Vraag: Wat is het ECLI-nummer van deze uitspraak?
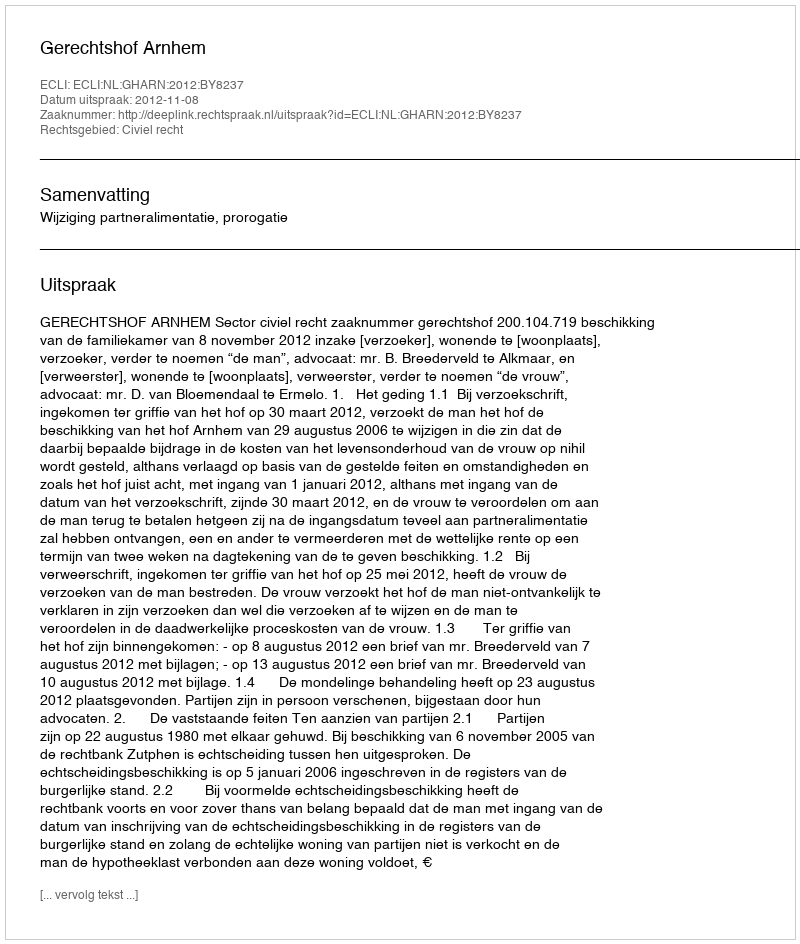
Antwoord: ECLI:NL:GHARN:2012:BY8237